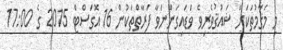
މި މަޤާމުތަކަށް ޝައުޤުވެރިވެ ވަޑައިގަންނަވާ ފަރާތްތަކުން 16 އޮގަސްޓް 2015 ގެ 17:00